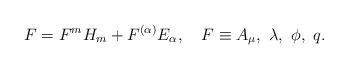
LaTeX: \begin{align*}F=F^mH_m+F^{(\alpha)}E_{\alpha},\quad F\equiv A_{\mu},~\lambda,~\phi,~q.\end{align*}